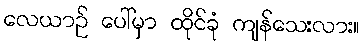
လေယာဉ် ပေါ်မှာ ထိုင်ခုံ ကျန်သေးလား။